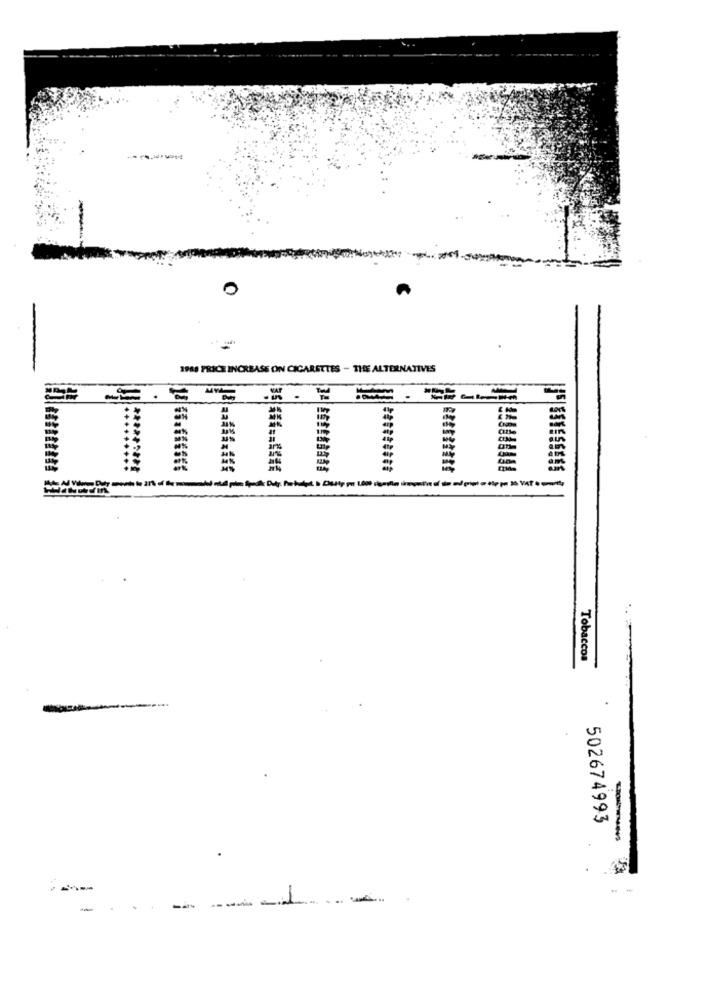
O
1988 PRICE INCREASE ON CIGARETTES - THE ALTERNATIVES
....***
Tobaccos
502674993
-